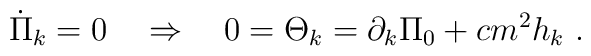
\dot{\Pi}_{k}=0\quad \Rightarrow \quad 0=\Theta _{k}=\partial _{k}\Pi_{0}+cm^{2}h_{k}\ .